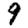
Digit: 9